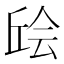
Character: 𫠴